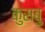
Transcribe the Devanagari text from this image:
कुसबु